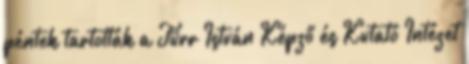
péntek tartották a Türr István Képző és Kutató Intézet